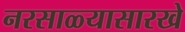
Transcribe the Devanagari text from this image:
नरसाळ्यासारखे